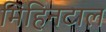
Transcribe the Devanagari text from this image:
मिहिनटाल